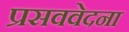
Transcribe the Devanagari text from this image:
प्रसववेदना